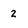
Character: 2